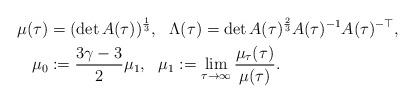
LaTeX: \begin{align*}\mu(\tau) &= (\det A(\tau))^\frac13, \ \ \Lambda(\tau) =\det A(\tau)^{\frac23}A(\tau)^{-1} A(\tau)^{-\top}, \\\mu_0 & : = \frac{3\gamma-3}2\mu_1, \ \ \mu_1:=\lim_{\tau\to\infty}\frac{\mu_\tau(\tau)}{\mu(\tau)}. \end{align*}